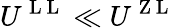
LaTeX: U^{\mathrm{~L~L~}}\ll U^{\mathrm{~Z~L~}}